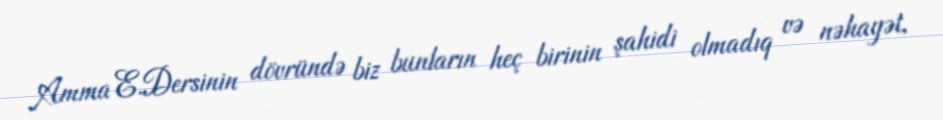
Amma E.Dersinin dövründə biz bunların heç birinin şahidi olmadıq və nəhayət,